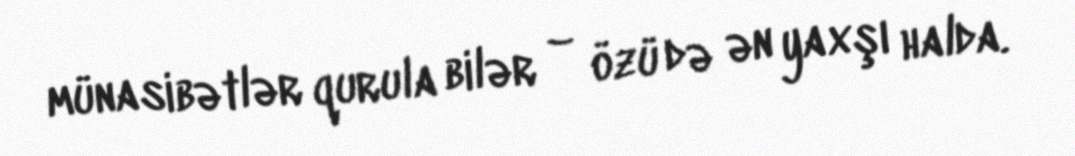
münasibətlər qurula bilər – özü də ən yaxşı halda.